Vaccine operations Central Provinces 1886-1899 - 1886-1899
Year: 1886
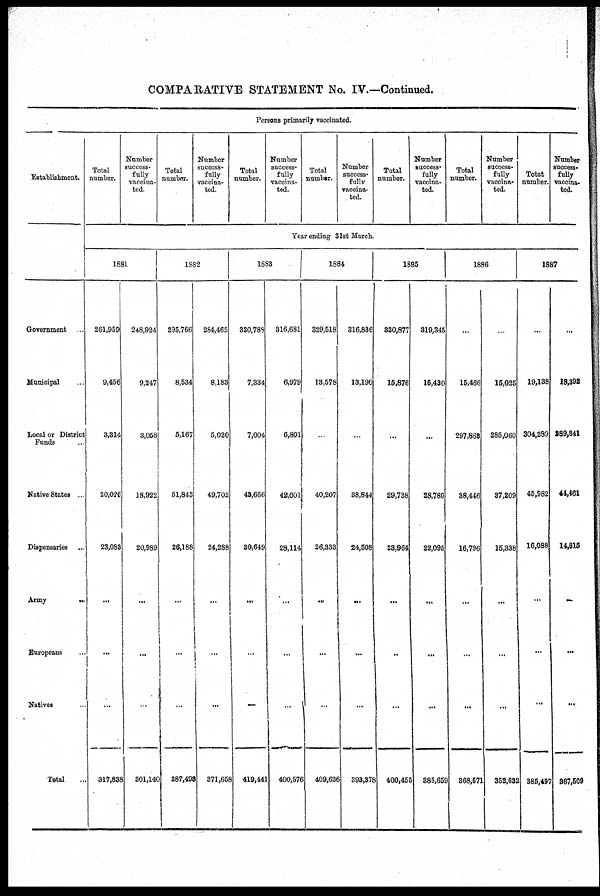
COMPARATIVE STATEMENT No. IV.—Continued.
Persons primarily vaccinated.
Establishment.
Government ...
Municipal ...
Local or District
Funds ...
Native States ...
Dispensaries ...
Army
...
Europeans ...
Natives ...
Total ...
Total
number.
Number
success-
fully
vaccina¬
ted.
Total
number.
Number
success¬
fully
vaccina-
ted.
Total
number.
Number
success-
fully
vaccina-
ted.
Total
number.
Number
success-
fully
vaccina-
ted.
Total
number.
Number
success-
fully
vaccina-
ted.
Total
number.
Number
success-
fully
vaccina-
ted.
Totat
number.
Number
success¬
fully
vaccina-
ted.
Year ending 31st March.
1881
261,959
9,456
3,314
20,026
23,083
...
...
...
317,838
248,924
9,247
3,058
18,922
20,989
...
...
...
301,140
1882
295,766
8,534
5,167
51,843
26,188
...
...
...
387,49
284,465
8,183
5,020
49,702
24,288
...
...
...
371,65
1883
330,789
7,334
7,004
43,666
30,649
...
...
—
419,441
316,681
6,979
6,801
42,001
28,114
...
...
...
400,576
1884
329,518
13,578
...
40,207
26,333
...
...
...
409,636
316,836
13,190
...
38,844
24,508
...
...
...
393,378
1885
330,877
15,876
...
29,738
23,964
...
...
...
400,45
319,345
15,430
...
28,789
22,095
...
...
...
385,659
1886
...
15,466
297,863
38,446
16,796
...
...
...
368,571
...
15,025
285,060
37,209
15,338
...
...
...
352,632
1887
...
19,138
304,289
45,982
16,088
...
...
...
385,497
...
18,392
289,841
44,461
14,815
...
...
...
367,509